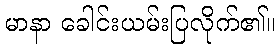
မာနာ ခေါင်းယမ်းပြလိုက်၏။